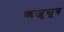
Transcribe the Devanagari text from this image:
ऋजुसूत्र